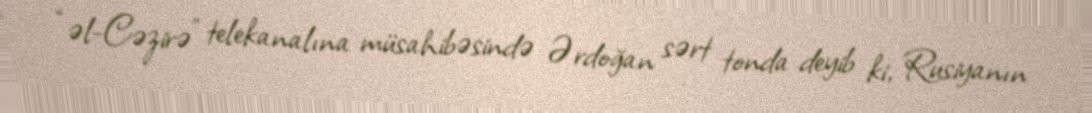
“əl-Cəzirə” telekanalına müsahibəsində Ərdoğan sərt tonda deyib ki, Rusiyanın